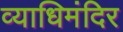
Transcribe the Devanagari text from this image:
व्याधिमंदिर